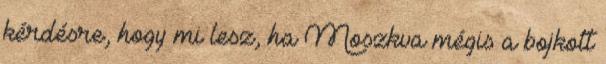
kérdésre, hogy mi lesz, ha Moszkva mégis a bojkott